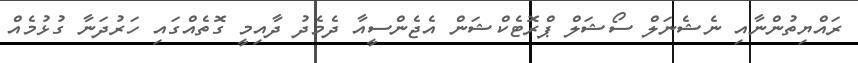
ރައްޔިތުންނާއި ނެޝެނަލް ސޯޝަލް ޕްރޮޓެކްޝަން އެޖެންސީއާ ދެމެދު ދާއިމީ ގޮތެއްގައި ހަރުދަނާ ގުޅުމެއް